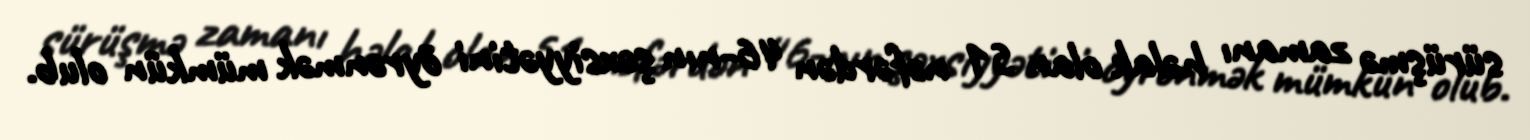
sürüşmə zamanı həlak olan 51 nəfərdən 46-nın şəxsiyyətini öyrənmək mümkün olub.